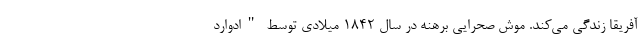
آفریقا زندگی می‌کند. موش صحرایی برهنه در سال ۱۸۴۲ میلادی توسط "ادوارد